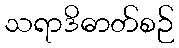
သရာဒိဓာတ်စဉ်